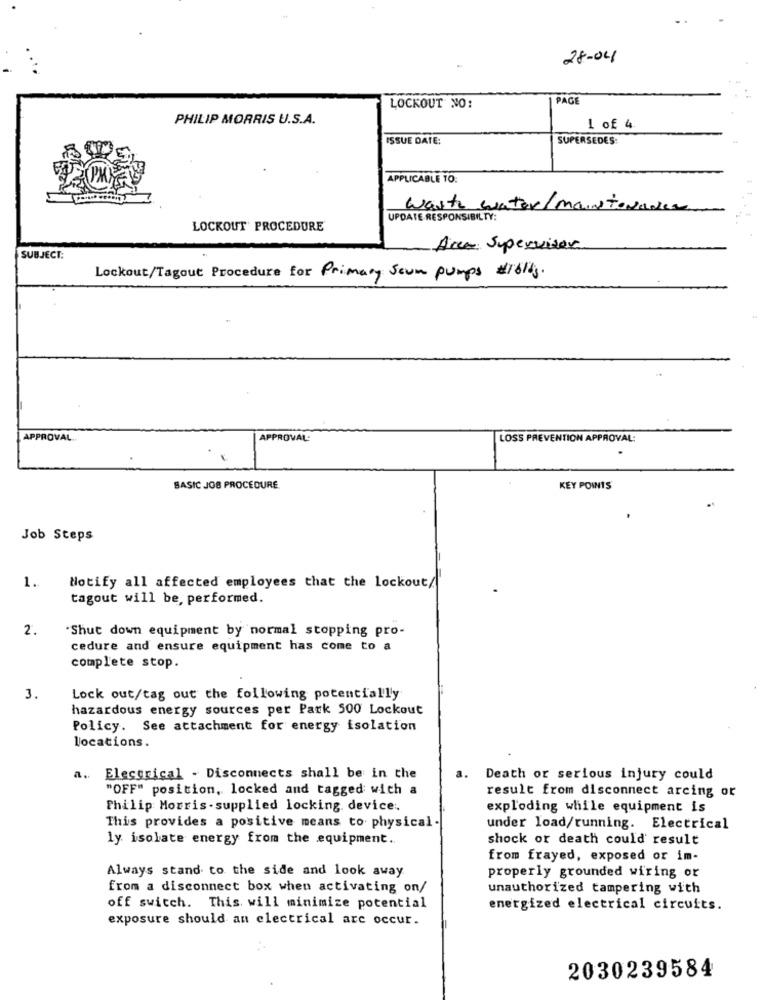
28-04
PAGE
LOCKOUT NO:
PHILIP MORRIS U.S.A.
1 of 4.
ISSUE DATE:
SUPERSEDES:
APPLICABLE 10:
Waste water/mainto
UPDATE RESPONSIBILTY:
LOCKOUT' PROCEDURE
Area Supervisor
SUBJECT:
Lockout/Tagout Procedure for Primary Scum pumps #1bldg.
APPROVAL.
APPROVAL:
LOSS PREVENTION APPROVAL:
.
BASIC JOB PROCEDURE
KEY POINTS
Job Steps
1.
Notify all affected employees that the lockout/
tagout will be, performed.
2.
"Shut down equipment by normal stopping pro-
cedure and ensure equipment has come to a
complete stop.
3.
Lock out/tag out the following potentially
hazardous energy sources per Park 500 Lockout
Policy. See attachment for energy isolation
locations.
a ..
Electrical - Disconnects shall be in the
a.
Death or serious injury could
"OFF" position, locked and tagged with a
result from disconnect arcing or
Philip Morris-supplied locking. device.
exploding while equipment is
This provides a positive means to physical -
under load/running. Electrical
ly isolate energy from the equipment ..
shock or death could result
from frayed, exposed or im-
Always stand to the side and look away
properly grounded wiring or
from a disconnect box when activating on/
unauthorized tampering with
off switch. This will minimize potential
energized electrical circuits.
exposure should an electrical are occur.
2030239584